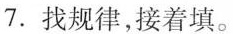
7.找规律，接着填。